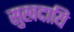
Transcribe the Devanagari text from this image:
सुखदायि